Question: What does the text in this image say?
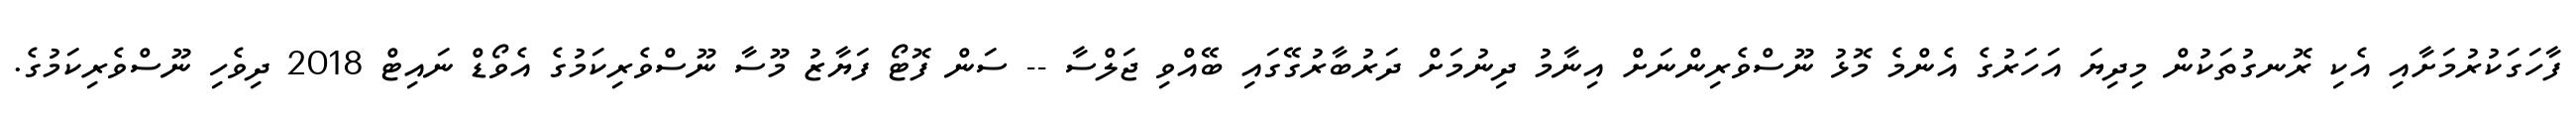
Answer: ފާހަގަކުރުމަށާއި އެކި ރޮނގުތަކުން މިދިޔަ އަހަރުގެ އެންމެ މޮޅު ނޫސްވެރިންނަށް އިނާމު ދިނުމަށް ދަރުބާރުގޭގައި ބޭއްވި ޖަލްސާ -- ސަން ފޮޓޯ ފަޔާޒު މޫސާ ނޫސްވެރިކަމުގެ އެވޯޑް ނައިޓް 2018 ދިވެހި ނޫސްވެރިކަމުގެ.